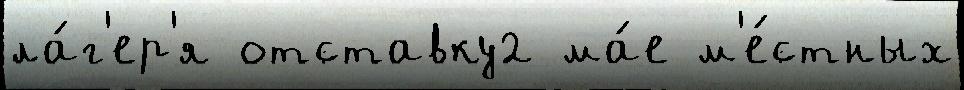
ла́г'ер'я отставку2 ма́е м'е́стных